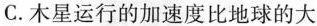
C.木星运行的加速度比地球的大